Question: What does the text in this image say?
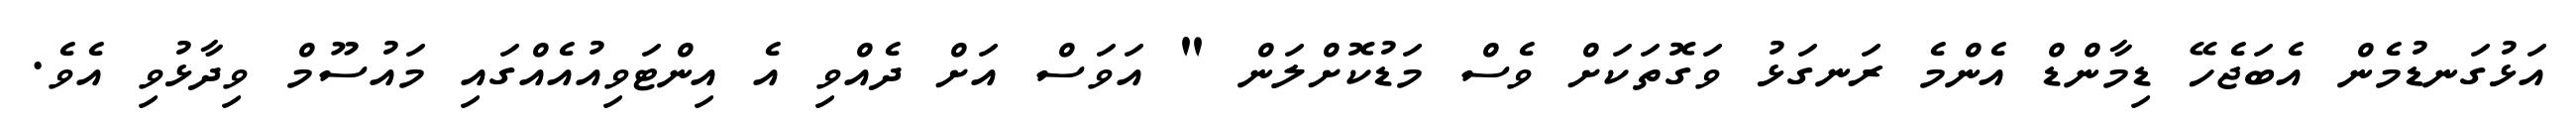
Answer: އަޅުގަނޑުމެން އެބަޖެހޭ ޑިމާންޑް އެންމެ ރަނގަޅު ވަގޮތަކަށް ވެސް މަޑުކޮށްލަން " އަވަސް އަށް ދެއްވި އެ އިންޓަވިއުއެއްގައި މައުސޫމް ވިދާޅުވި އެވެ.